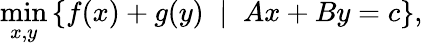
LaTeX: \operatorname*{min}_{x,y}\left\{ f(x)+g(y)\; \; |\; \; Ax+By=c\right\} ,